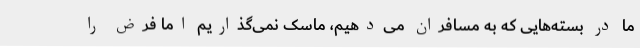
ما در بسته‌هایی که به مسافران می‌دهیم، ماسک نمی‌گذاریم اما فرض را